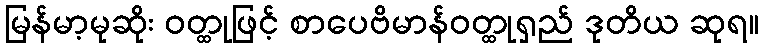
မြန်မာ့မုဆိုး ဝတ္ထုဖြင့် စာပေဗိမာန်ဝတ္ထုရှည် ဒုတိယ ဆုရ။